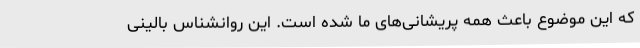
که این موضوع باعث همه پریشانی‌های ما شده است. این روانشناس بالینی